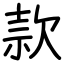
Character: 款